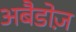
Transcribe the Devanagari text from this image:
अबैडोज़